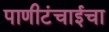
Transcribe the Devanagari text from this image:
पाणीटंचाईचा